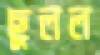
ছুলল